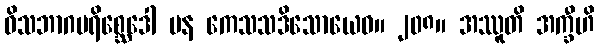
ဝိသဘာဂပရိစ္ဆေဒေါ ပန ကေသသဒိသောယေဝ။ ၂၀၈။ အဿူတိ အက္ခီဟိ